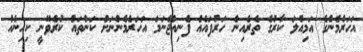
އަހަރެމެންގެ އަމިއްލަ ކާރުގެ ތެރެއިން ހަރުފައެއް ފެނިއްޖެނަމަ އަހަރެމެންނަށް ކަންތައް ކުރެވޭނީ ކިހިނެއް